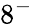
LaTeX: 8^{-}